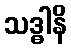
သဒ္ဓါနိ